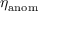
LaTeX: \eta _ { \mathrm { a n o m } }